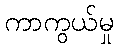
ကာကွယ်မှု